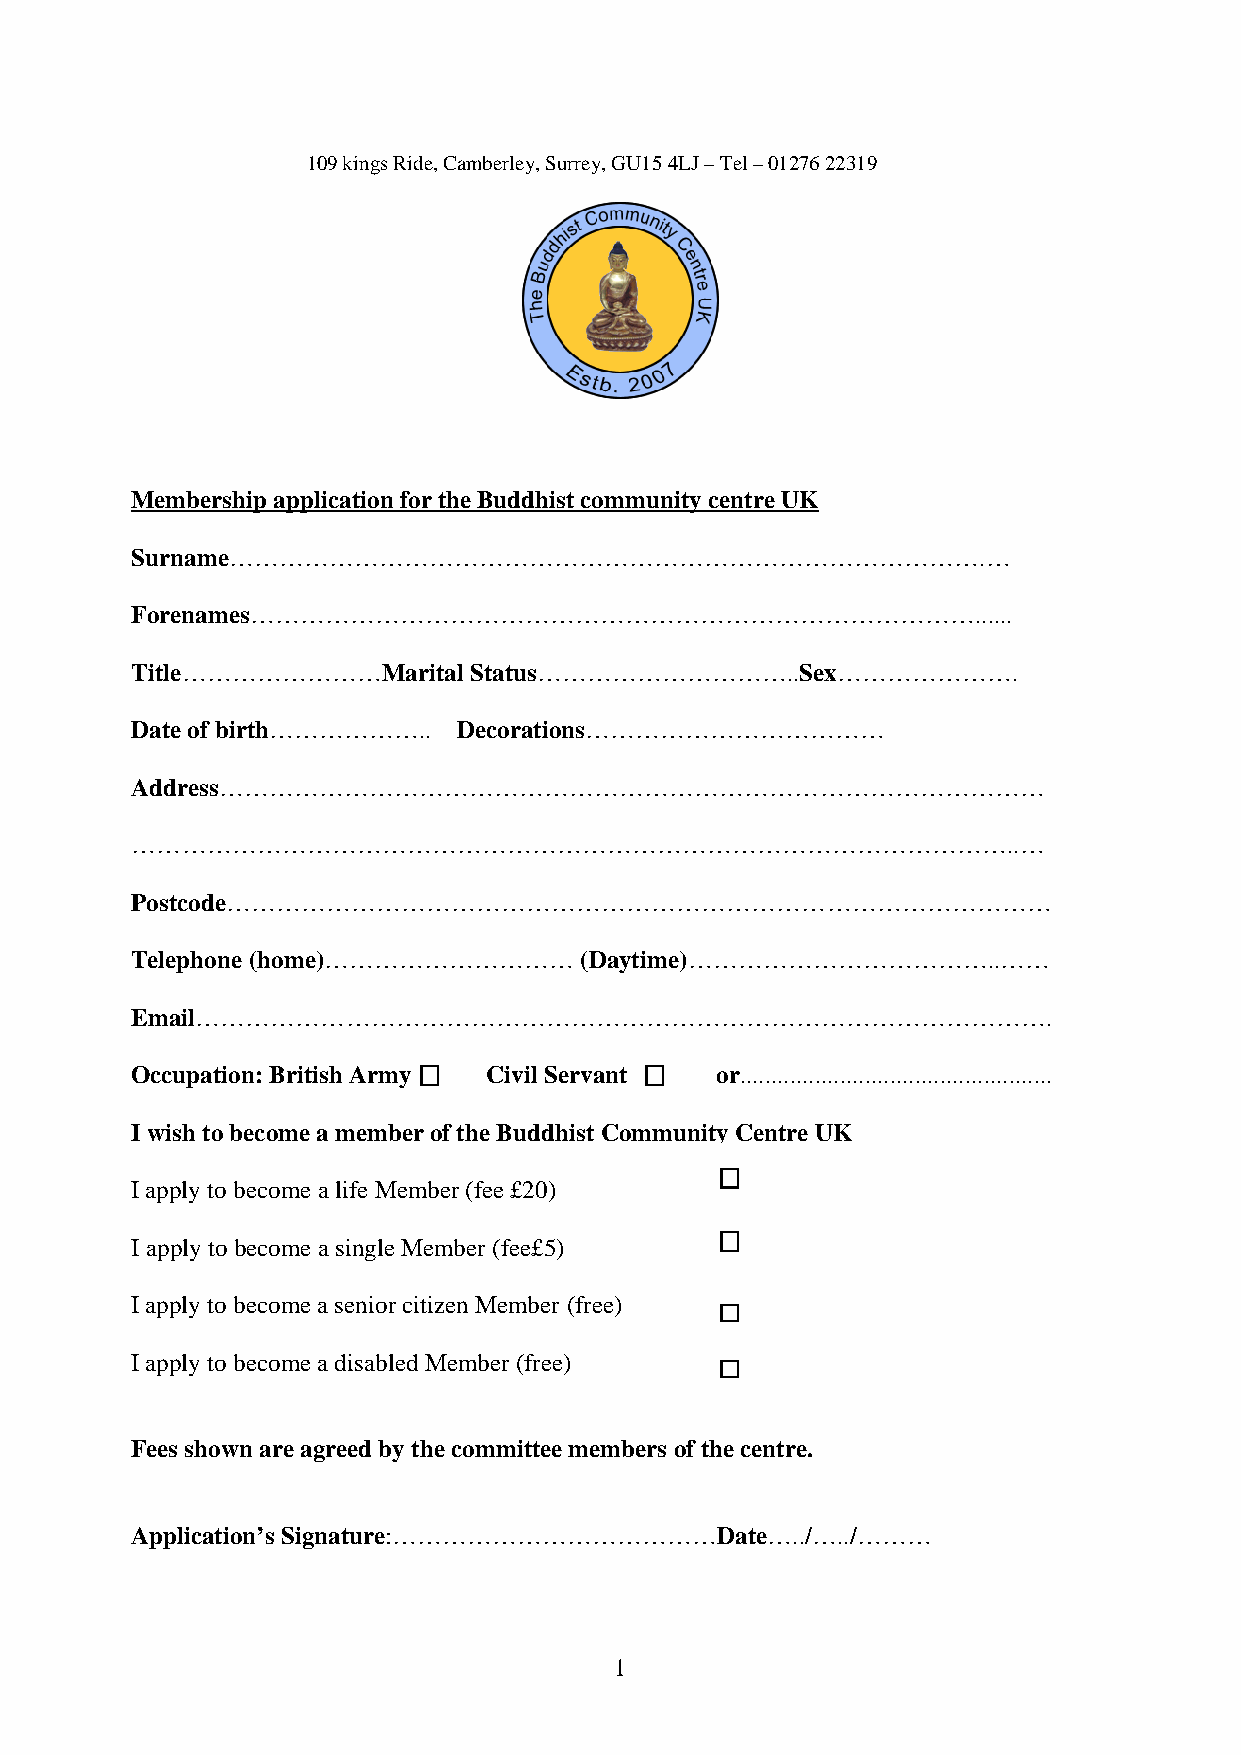
109 kings Ride, Camberley, Surrey, GU15 4LJ – Tel – 01276 22319
 Membership application for the Buddhist community centre UK
 Surname……………………………………………………………………………….…
 Forenames……………………………………………………………………………......
 Title……………………Marital  Status…………………………..Sex………………….
 Date of birth……………….. Decorations………………………………
 Address………………………………………………………………………………………
 ……………………………………………………………………………………………..…
 Postcode………………………………………………………………………………………
 Telephone (home)…………………………   (Daytime)………………………………..……
 Email………………………………………………………………………………………….
 Occupation: British Army Civil Servant or..................................................
 I wish to become a member of the Buddhist Community Centre UK
 I apply to become a life Member (fee £20)
 I apply to become a single Member (fee£5)
 I apply to become a senior citizen Member (free)
 I apply to become a disabled Member (free)
 Fees shown are agreed by the committee members of the centre.
 Application’s Signature:…………………………………Date…../…../………
 1